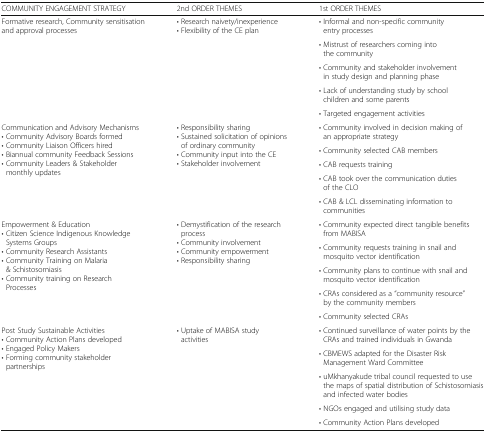
<table><thead><tr><td><b>COMMUNITY ENGAGEMENT STRATEGY</b></td><td><b>2nd ORDER THEMES</b></td><td><b>1st ORDER THEMES</b></td></tr></thead><tbody><tr><td rowspan="5">Formative research, Community sensitisation and approval processes</td><td rowspan="5">• Research naivety/inexperience• Flexibility of the CE plan</td><td>• Informal and non-specific community entry processes</td></tr><tr><td>• Mistrust of researchers coming into the community</td></tr><tr><td>• Community and stakeholder involvement in study design and planning phase</td></tr><tr><td>• Lack of understanding study by school children and some parents</td></tr><tr><td>• Targeted engagement activities</td></tr><tr><td rowspan="5">Communication and Advisory Mechanisms• Community Advisory Boards formed• Community Liaison Officers hired• Biannual community Feedback Sessions• Community Leaders &amp; Stakeholder monthly updates</td><td rowspan="5">• Responsibility sharing• Sustained solicitation of opinions of ordinary community• Community input into the CE• Stakeholder involvement</td><td>• Community involved in decision making of an appropriate strategy</td></tr><tr><td>• Community selected CAB members</td></tr><tr><td>• CAB requests training</td></tr><tr><td>• CAB took over the communication duties of the CLO</td></tr><tr><td>• CAB &amp; LCL disseminating information to communities</td></tr><tr><td rowspan="5">Empowerment &amp; Education• Citizen Science Indigenous Knowledge Systems Groups• Community Research Assistants• Community Training on Malaria &amp; Schistosomiasis• Community training on Research Processes</td><td rowspan="5">• Demystification of the research process• Community involvement• Community empowerment• Responsibility sharing</td><td>• Community expected direct tangible benefits from MABISA</td></tr><tr><td>• Community requests training in snail and mosquito vector identification</td></tr><tr><td>• Community plans to continue with snail and mosquito vector identification</td></tr><tr><td>• CRAs considered as a “community resource” by the community members</td></tr><tr><td>• Community selected CRAs</td></tr><tr><td rowspan="5">Post Study Sustainable Activities• Community Action Plans developed• Engaged Policy Makers• Forming community stakeholder partnerships</td><td rowspan="5">• Uptake of MABISA study activities</td><td>• Continued surveillance of water points by the CRAs and trained individuals in Gwanda</td></tr><tr><td>• CBMEWS adapted for the Disaster Risk Management Ward Committee</td></tr><tr><td>• uMkhanyakude tribal council requested to use the maps of spatial distribution of Schistosomiasis and infected water bodies</td></tr><tr><td>• NGOs engaged and utilising study data</td></tr><tr><td>• Community Action Plans developed</td></tr></tbody></table>